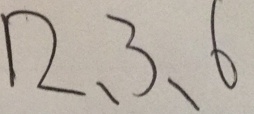
1 2 . 3 . 6